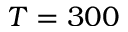
T = 3 0 0